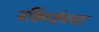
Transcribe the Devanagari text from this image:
बकिंगहॅमच्या